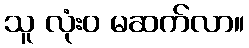
သူ လုံးဝ မဆက်လာ။